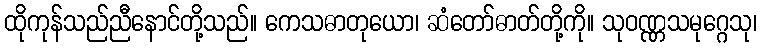
ထိုကုန်သည်ညီနောင်တို့သည်။ ကေသဓာတုယော၊ ဆံတော်ဓာတ်တို့ကို။ သုဝဏ္ဏသမုဂ္ဂေသု၊